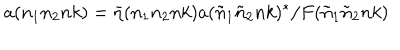
a ( n _ { 1 } n _ { 2 } n k ) = { \bar { \eta } } ( n _ { 1 } n _ { 2 } n k ) a ( { \tilde { n } } _ { 1 } { \tilde { n } } _ { 2 } n k ) ^ { * } / F ( { \tilde { n } } _ { 1 } { \tilde { n } } _ { 2 } n k )